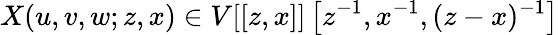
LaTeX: X(u,v,w;z,x)\in V[[z,x]]\left[z^{-1},x^{-1},(z-x)^{-1}\right]